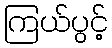
ကြယ်ပွင့်